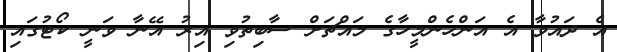
އެ ދައުވާ އެ އަންހެންމީހާގެ މައްޗަށް ސާބިތުވި އިރު އޭނާ ވަނީ ކޯޓުގައި